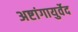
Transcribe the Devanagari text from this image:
अष्टांगायुर्वेद